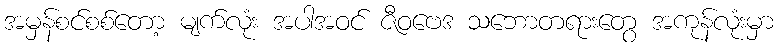
အမှန်စင်စစ်တော့ မျက်လုံး အပါအဝင် ဇီဝဗေဒ သဘောတရားတွေ အကုန်လုံးမှာ